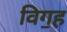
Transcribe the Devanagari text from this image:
विग॒ह